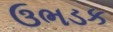
ઉભડક